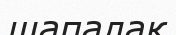
шапалақ